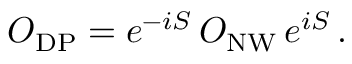
O _ { \mathrm { D P } } = e ^ { - i S } \, O _ { \mathrm { N W } } \, e ^ { i S } \, .